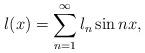
LaTeX: \begin{align*} l(x) = \sum_{n=1}^{\infty} l_n \sin n x,\end{align*}